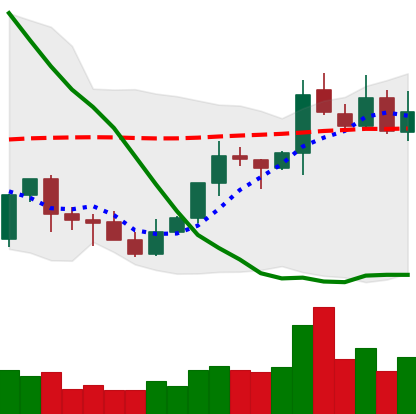
Ticker: XLM-USD
Chart end date: 2021-10-11
Forward return: 14.96%
Label: up_7plus